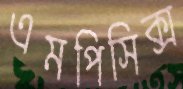
এমপিসিক্স